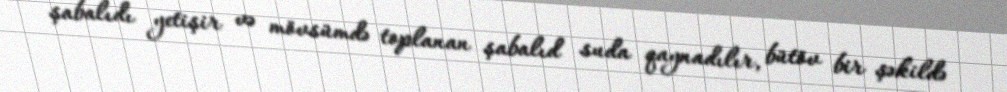
şabalıdı yetişir və mövsümdə toplanan şabalıd suda qaynadılır, bütöv bir şəkildə